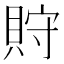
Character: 𧵤